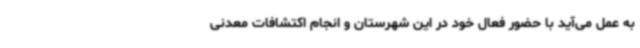
به عمل می‌آید با حضور فعال خود در این شهرستان و انجام اکتشافات معدنی